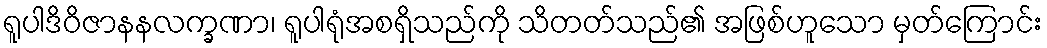
ရူပါဒိဝိဇာနနလက္ခဏာ၊ ရူပါရုံအစရှိသည်ကို သိတတ်သည်၏ အဖြစ်ဟူသော မှတ်ကြောင်း